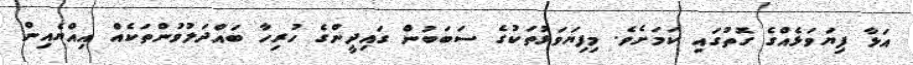
އަޅާ ފިޔަވަޅެއްގެ ގޮތުގައި ކަމަށެވެ. މިފިޔަވަޅުތަކުގެ ސަބަބުން ގައިދީންގެ ހުރިހާ ބައްދަލުވުންތަކެއް އިއްޔެއިން